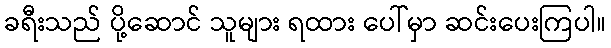
ခရီးသည် ပို့ဆောင် သူများ ရထား ပေါ်မှာ ဆင်းပေးကြပါ။